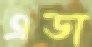
এডা